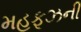
મહફૂઝની